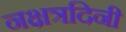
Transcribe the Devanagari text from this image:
नक्षत्रदिनी